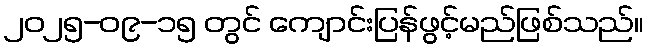
၂၀၂၅-၀၉-၁၅ တွင် ကျောင်းပြန်ဖွင့်မည်ဖြစ်သည်။